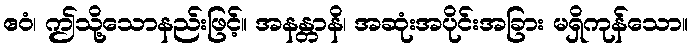
ဧဝံ၊ ဤသို့သောနည်းဖြင့်။ အနန္တာနိ၊ အဆုံးအပိုင်းအခြား မရှိကုန်သော။